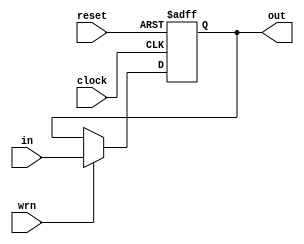
module pipe_reg_5(
	input [4:0] in,
    input clock,
	input reset,
	input wrn,
	output reg [4:0]out
	);
 
	always @(posedge clock,negedge reset) 
	begin
		if(!reset)
			out <= 5'b00000;
		else 
			if(wrn)
				out <= in;
	end
endmodule